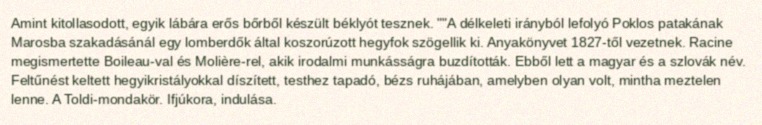
Amint kitollasodott, egyik lábára erős bőrből készült béklyót tesznek. ""A délkeleti irányból lefolyó Poklos patakának Marosba szakadásánál egy lomberdők által koszorúzott hegyfok szögellik ki. Anyakönyvet 1827-től vezetnek. Racine megismertette Boileau-val és Molière-rel, akik irodalmi munkásságra buzdították. Ebből lett a magyar és a szlovák név. Feltűnést keltett hegyikristályokkal díszített, testhez tapadó, bézs ruhájában, amelyben olyan volt, mintha meztelen lenne. A Toldi-mondakör. Ifjúkora, indulása.